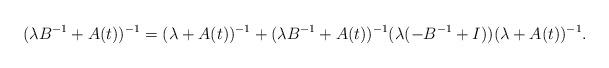
LaTeX: \begin{align*}(\lambda B^{-1}+A(t))^{-1}= (\lambda +A(t))^{-1}+(\lambda B^{-1}+A(t))^{-1}(\lambda(-B^{-1}+I))(\lambda+A(t))^{-1}.\end{align*}